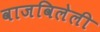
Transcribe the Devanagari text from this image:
वाजविलेली